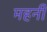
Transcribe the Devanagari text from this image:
महनी